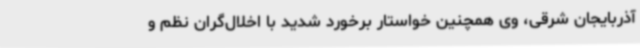
آذربایجان شرقی، وی همچنین خواستار برخورد شدید با اخلال‌گران نظم و